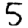
Digit: 5